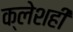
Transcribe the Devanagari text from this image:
क्लेशही